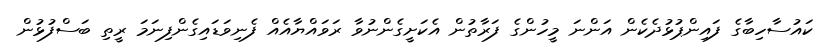
ކައުސާހިބާގެ ފައިންޕުޅުދެކެން އަންނަ މީހުންގެ ފަރާތުން އެކަށީގެންނުވާ ރަވައްޔާއެއް ފެނިވަޑައިގެންފިނަމަ ރީތި ބަސްފުޅުން